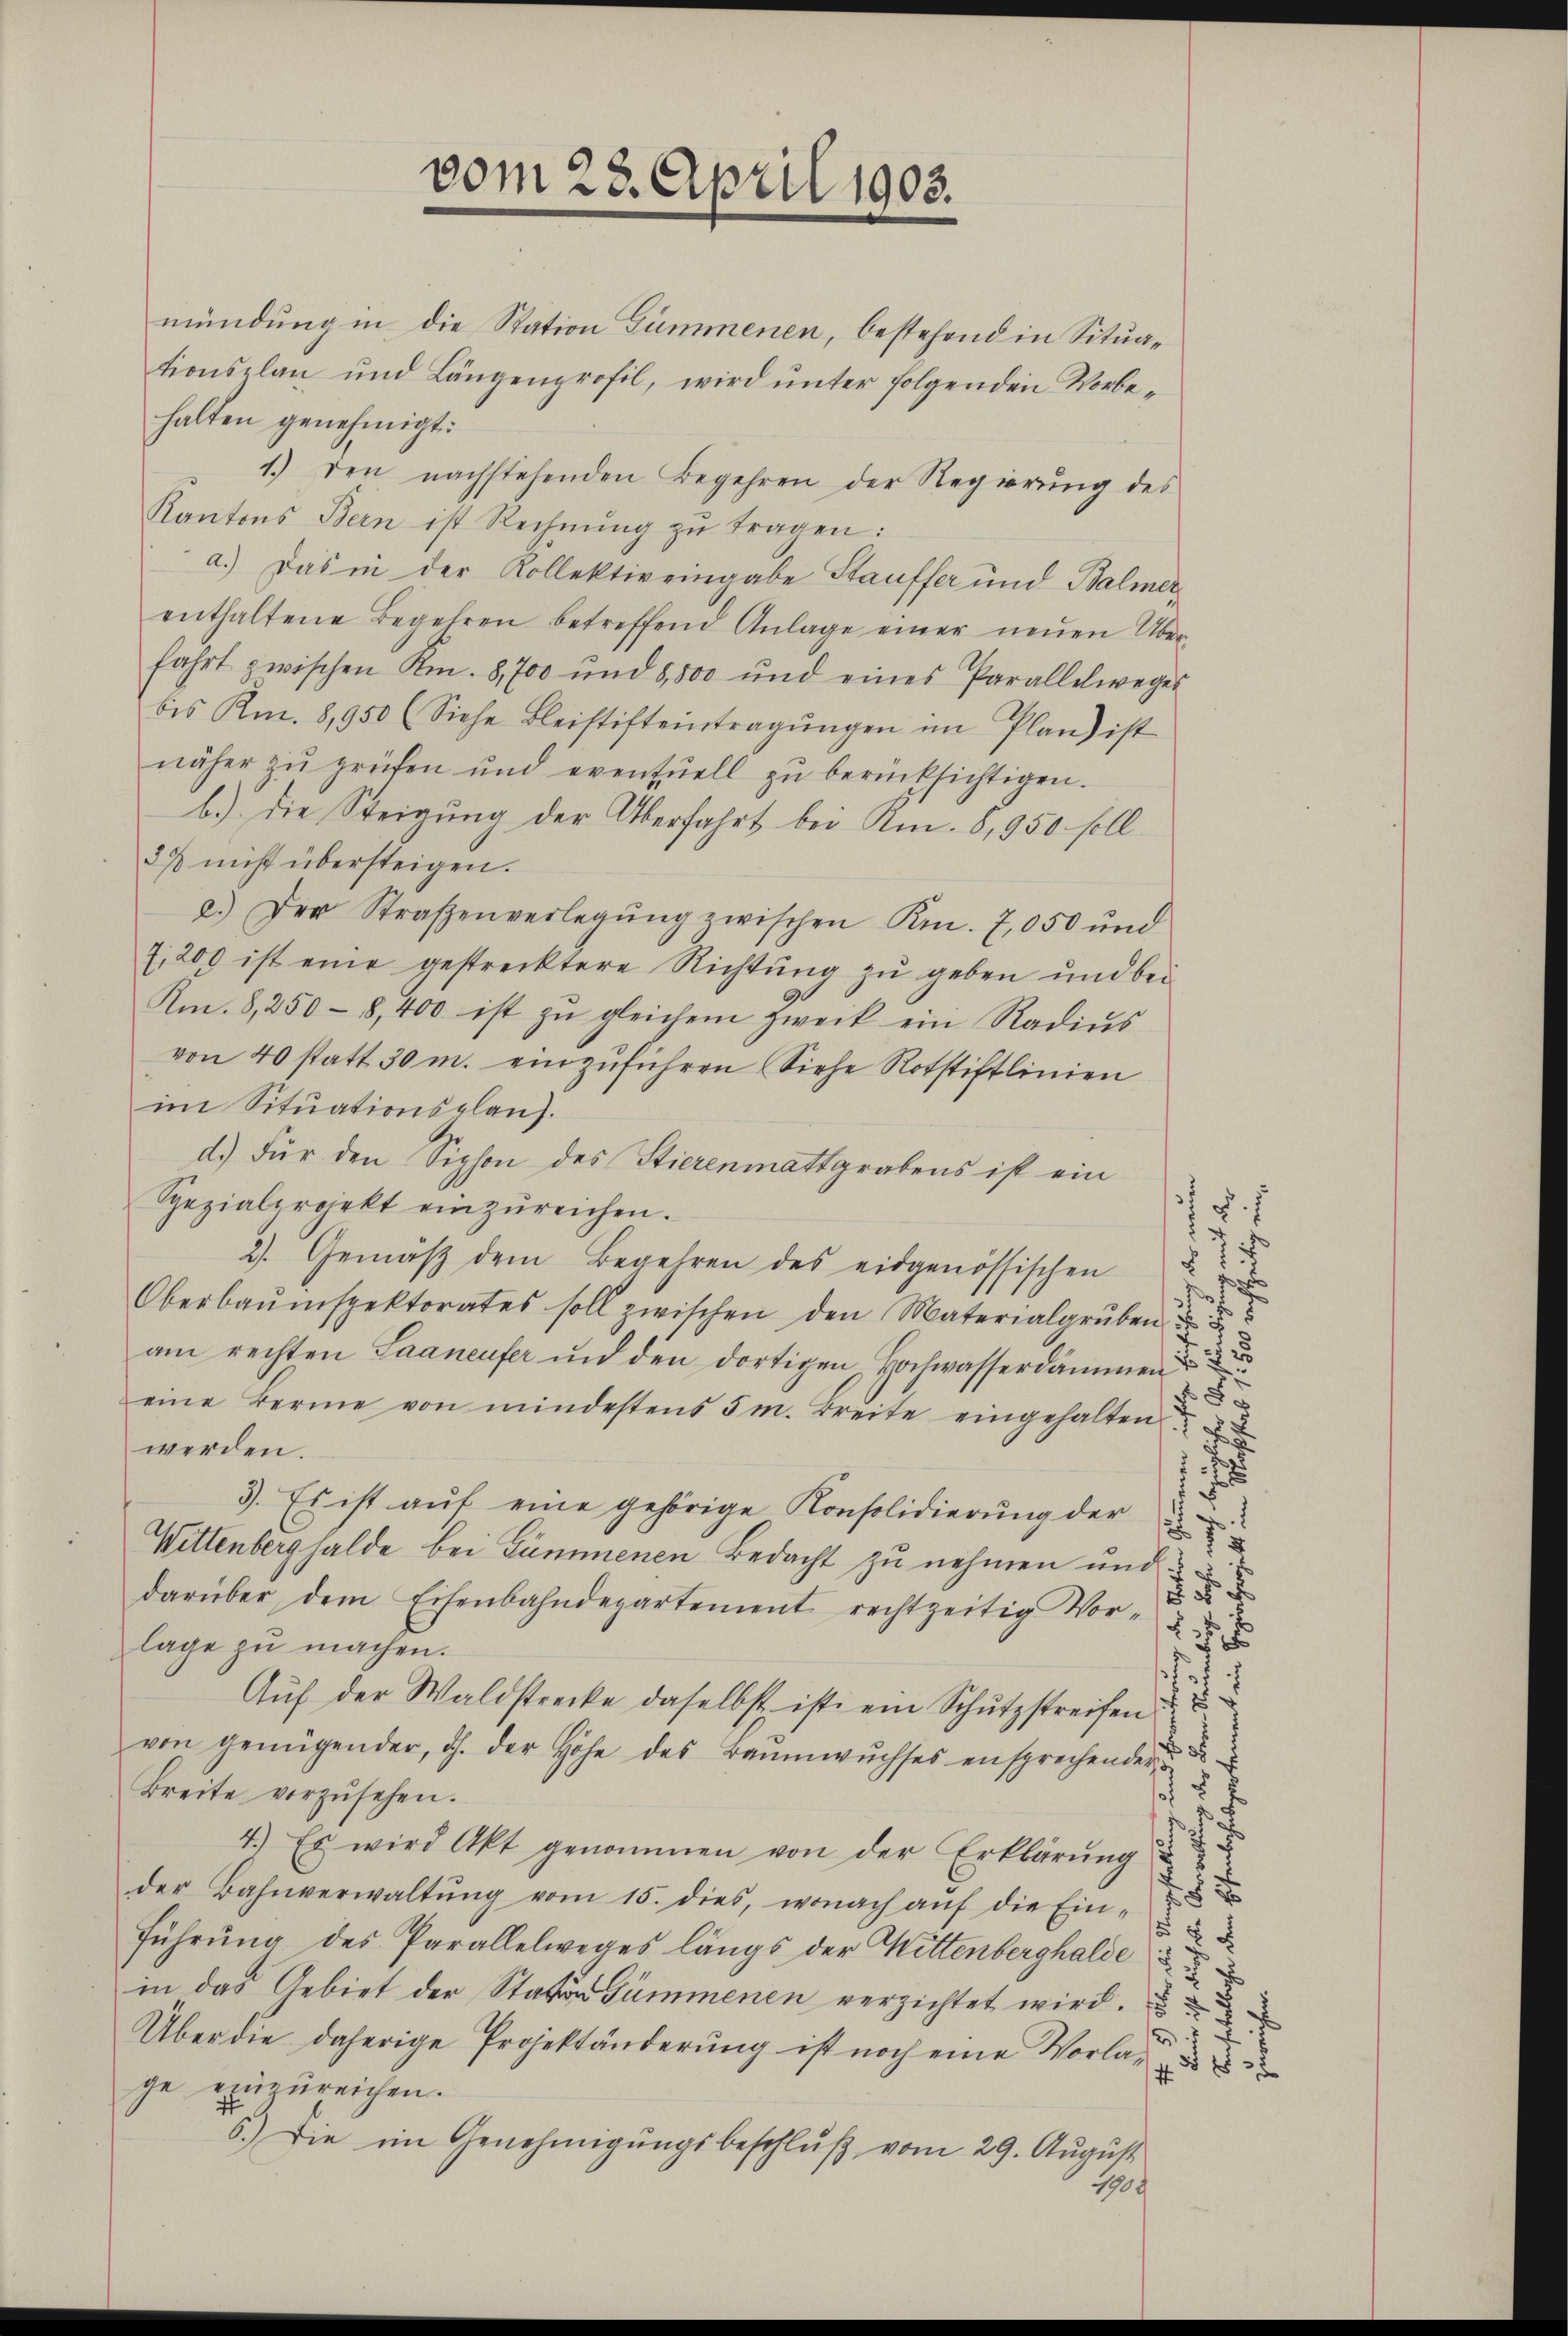
vom 28. April 1903.

mündung in die Station Summenen, bestehend in Situationsplan und Längenprofil, wird unter folgenden Vorbehalten genehmigt:
1.) Den nachstehenden Begehren der Regierung des
Kantons Bern ist Rechnŭng zŭ tragen:
a.) Das in der Kollektiv eingabe Stauffer und Balmer
enthaltene Begehren betreffend Anlage einer neŭen Über-
fahrt zwischen Km. 8,700 und 8,500 und eines Parallelweges
bis Km. 8,950 (Siehe Bleistifteintragŭngen im Plan ist
näher zŭ prüfen und eventuell zŭ berücksichtigen.
b.) Die Steigung der Überfahrt bei Rm. 5, 950 soll
33 nicht übersteigen.
a.) Der Straßenverlegŭng zwischen Kr. 7,050 und
71200 ist eine gestrecktere Richtung zu geben und bei
Km. 8, 250 - 8,400 ist zu gleichem Zweck ein Radius
von 40 statt 30 m. einzuführen Siehe Rotstiftlinien
im Situationsplanz.
d.) Für den Siphon des Stierenmattgrabens ist ein
32
Spezialprojekt einzŭreichen.
§1
2). Gemäβ dem Begehren des eidgenössischen
.
Oberbaŭmspektorates soll zwischen den Materialgruben
am rechten Saaneufer und den dortigen Hochwasserdämmen
18
eine Berne von mindestens 5 m. Breite eingehalten
werden.
3. Es ist aŭf eine gehörige Konsolidierŭng der
Wittenberghalde bei Gummenen Bedacht zu nehmen und

darüber dem Eisenbahndepartement rechtzeitig Vor-
2 x
lage zŭ machen.
s
2
Auf der Waldstrecke daselbst ist ein Schutzstreifen.
von genügender, dh. der Höhe des Baŭmwŭchses ensprechender

17
Breite vorzŭsehen.
c
f
4.) Es wird Akt genommen von der Erklärŭng
s
f 8 x
der Bahnverwaltŭng vom 15. dies, wonach aŭf die Ein-
 xx
Führung des Parallelweges längs der Mittenberghalde
5
in das Gebiet der Station Summenen verzichtet wird.
.
Über die daherige Projektänderung ist noch eine Vorla
ge einzureichen.
6.) Die im Genehmigŭngsbeschlŭβ vom 29. Aŭgŭst
1909

.
2